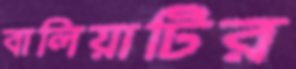
বালিয়াটির